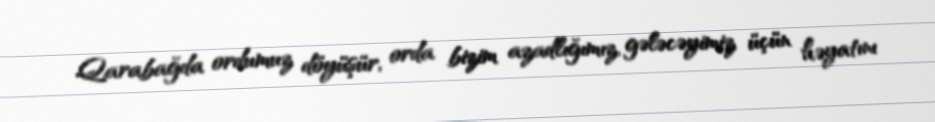
Qarabağda ordumuz döyüşür, orda bizim azadlığımız, gələcəyimiz üçün həyatını